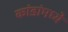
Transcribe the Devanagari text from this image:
कांडांमध्ये